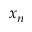
x _ { n }